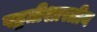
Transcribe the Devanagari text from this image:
पद्धतीशास्त्रीय